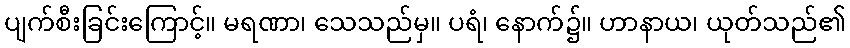
ပျက်စီးခြင်းကြောင့်။ မရဏာ၊ သေသည်မှ။ ပရံ၊ နောက်၌။ ဟာနာယ၊ ယုတ်သည်၏